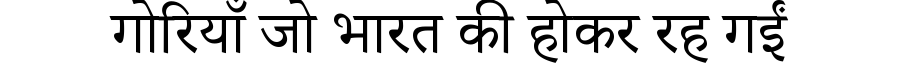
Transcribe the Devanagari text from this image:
गोरियाँ जो भारत की होकर रह गईं